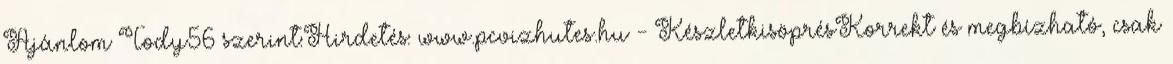
Ajánlom Tody56 szerint:Hirdetés: www.pcvizhutes.hu - KészletkisöprésKorrekt és megbízható, csak